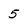
Character: 5